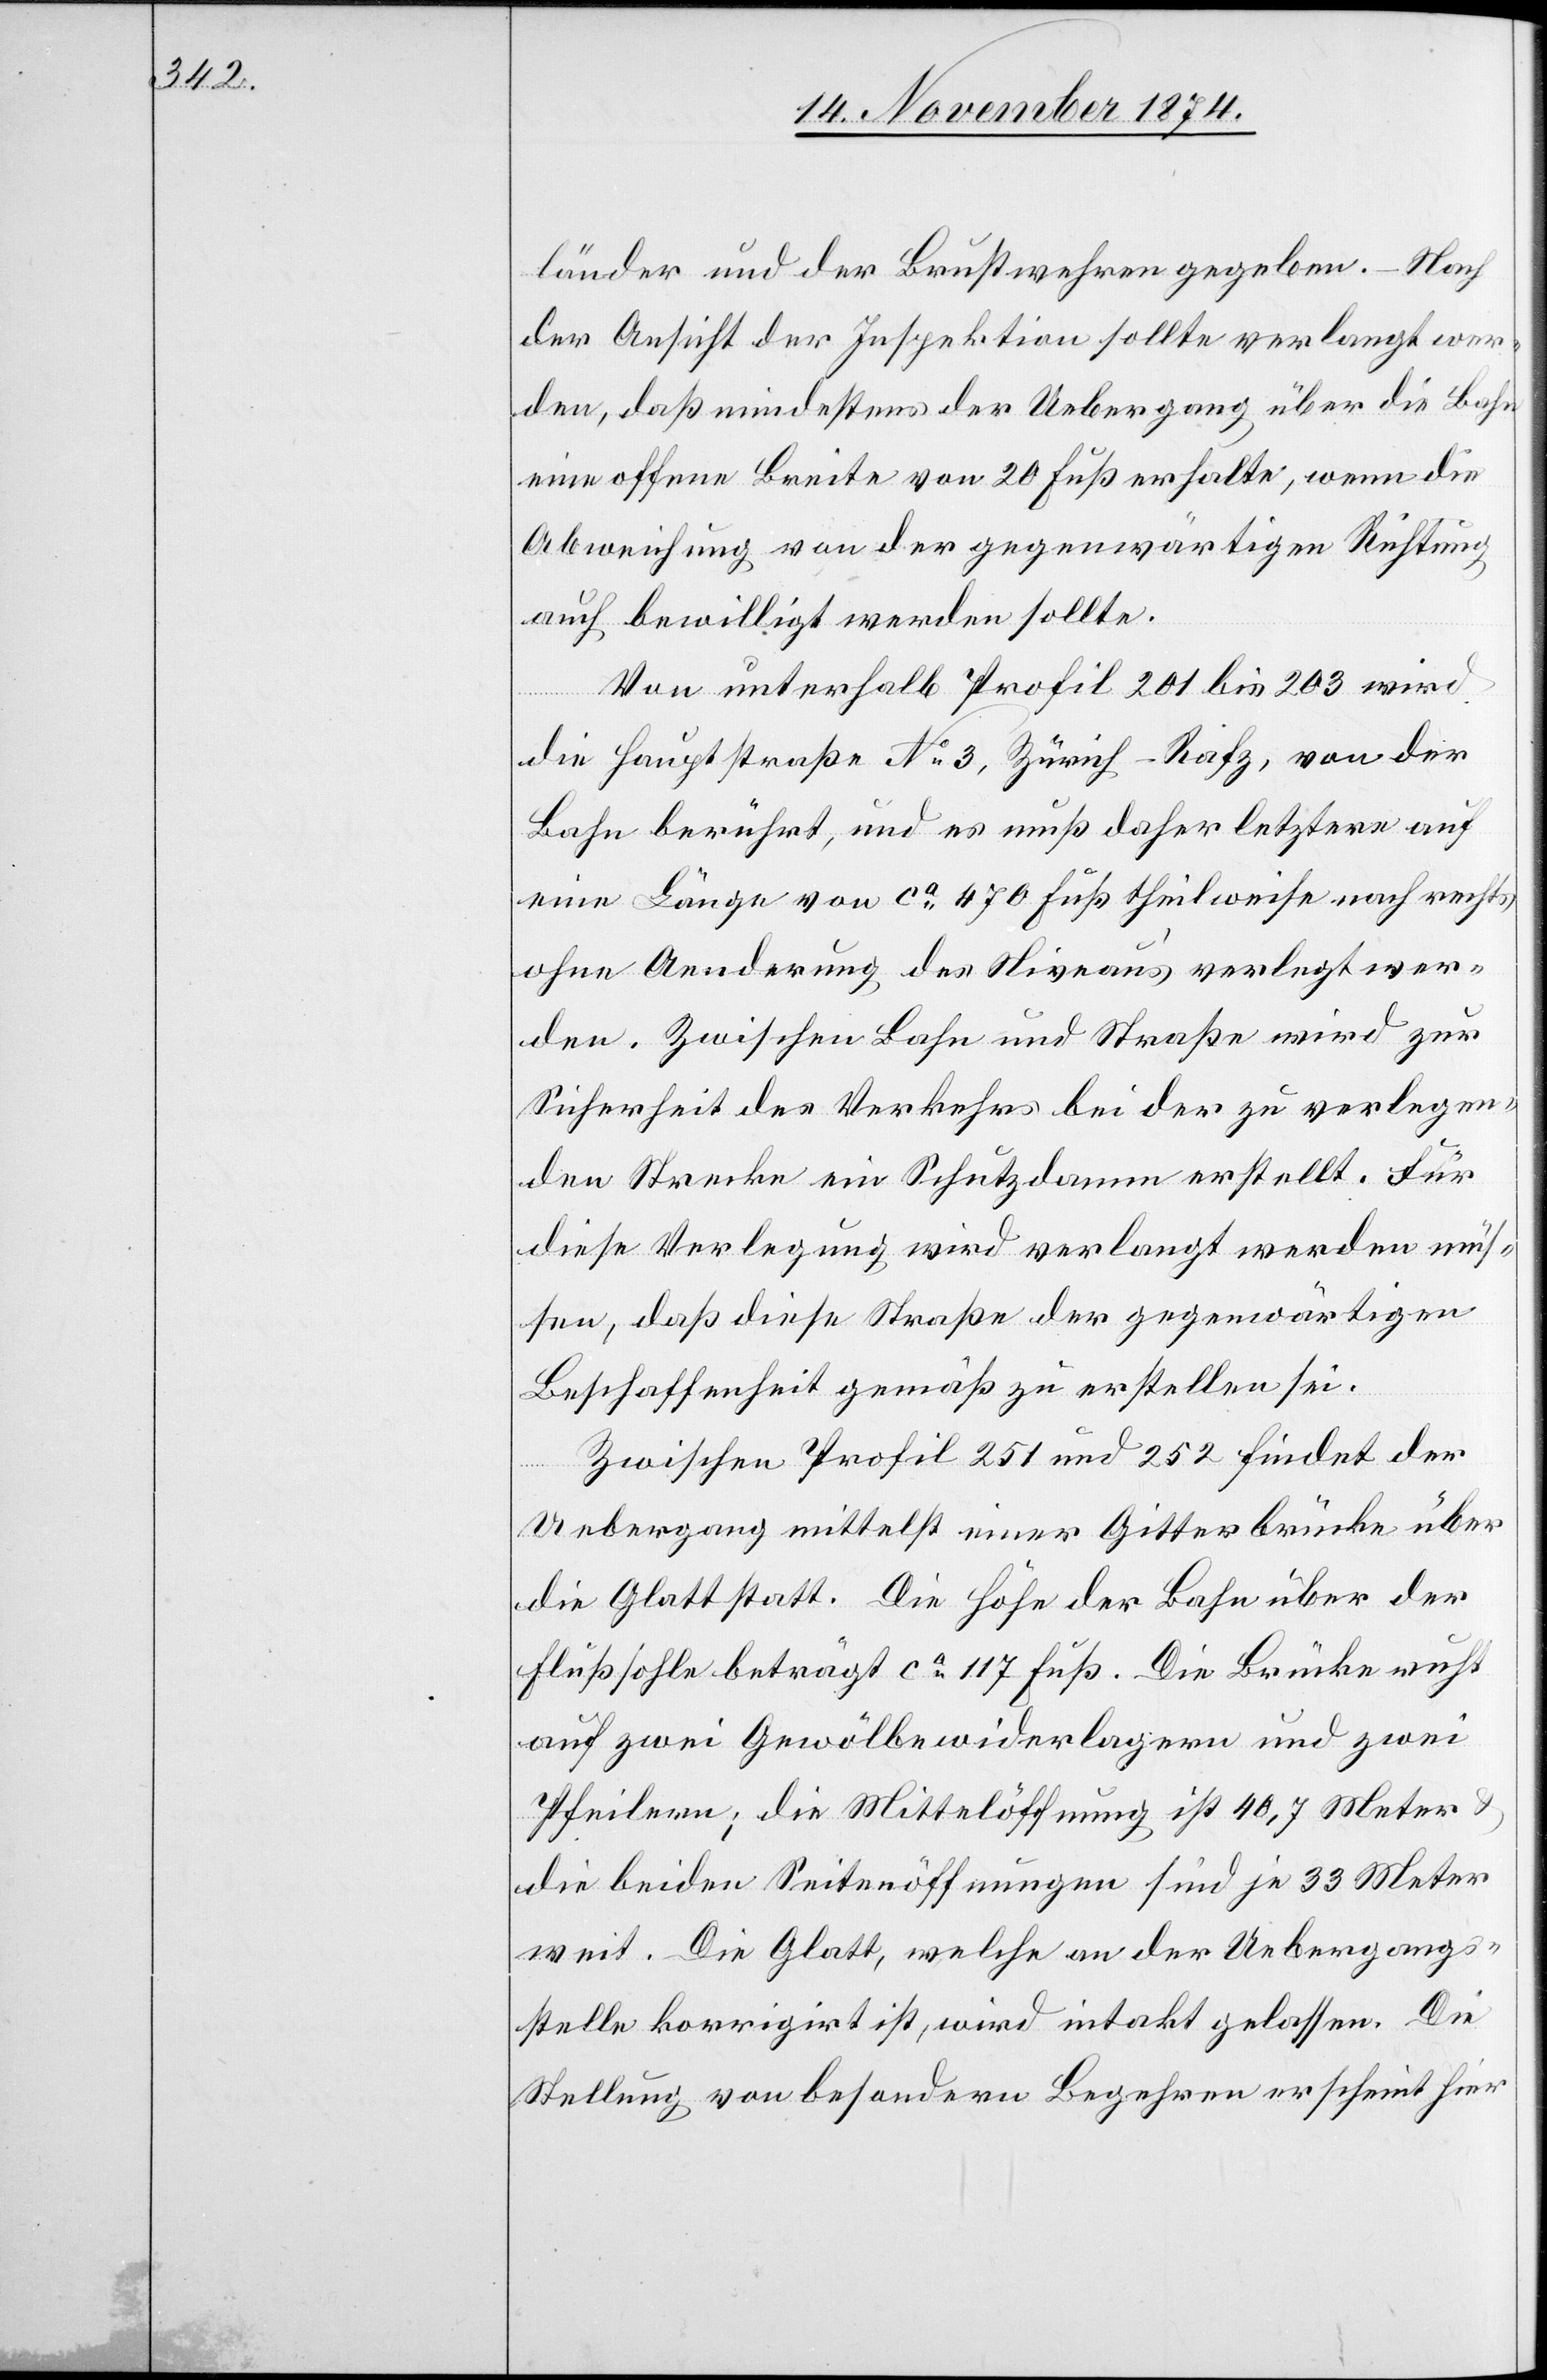
länder und der Brustwehren gegeben. – Nach
der Ansicht der Inspektion sollte verlangt wer¬
den, daß mindestens der Uebergang über die Bahn
eine offene Breite von 20 Fuß erhalte, wenn die
Abweichung von der gegenwärtigen Richtung
auch bewilligt werden sollte.
Von unterhalb Profil 201 bis 203 wird
die Hauptstraße No 3, Zürich–Rafz, von der
Bahn berührt, und es muß daher letztere auf
eine Länge von ca 470 Fuß theilweise nach rechts
ohne Aenderung des Niveaus verlegt wer¬
den. Zwischen Bahn und Straße wird zur
Sicherheit des Verkehrs bei der zu verlegen¬
den Strecke ein Schutzdamm erstellt. Für
diese Verlegung wird verlangt werden müs¬
sen, daß diese Straße der gegenwärtigen
Beschaffenheit gemäß zu erstellen sei.
Zwischen Profil 251 und 252 findet der
Uebergang mittelst einer Gitterbrücke über
die Glatt statt. Die Höhe der Bahn über der
Flußsohle beträgt ca 117 Fuß. Die Brücke ruht
auf zwei Gewölbewiderlagern und zwei
Pfeilern; die Mittelöffnung ist 40,7 Meter
die beiden Seitenöffnungen sind je 33 Meter
weit. Die Glatt, welche an der Uebergangs¬
stelle korrigirt ist, wird intakt gelassen. Die
Stellung von besondern Begehren erscheint hier